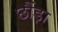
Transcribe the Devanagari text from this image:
छौंड़ा